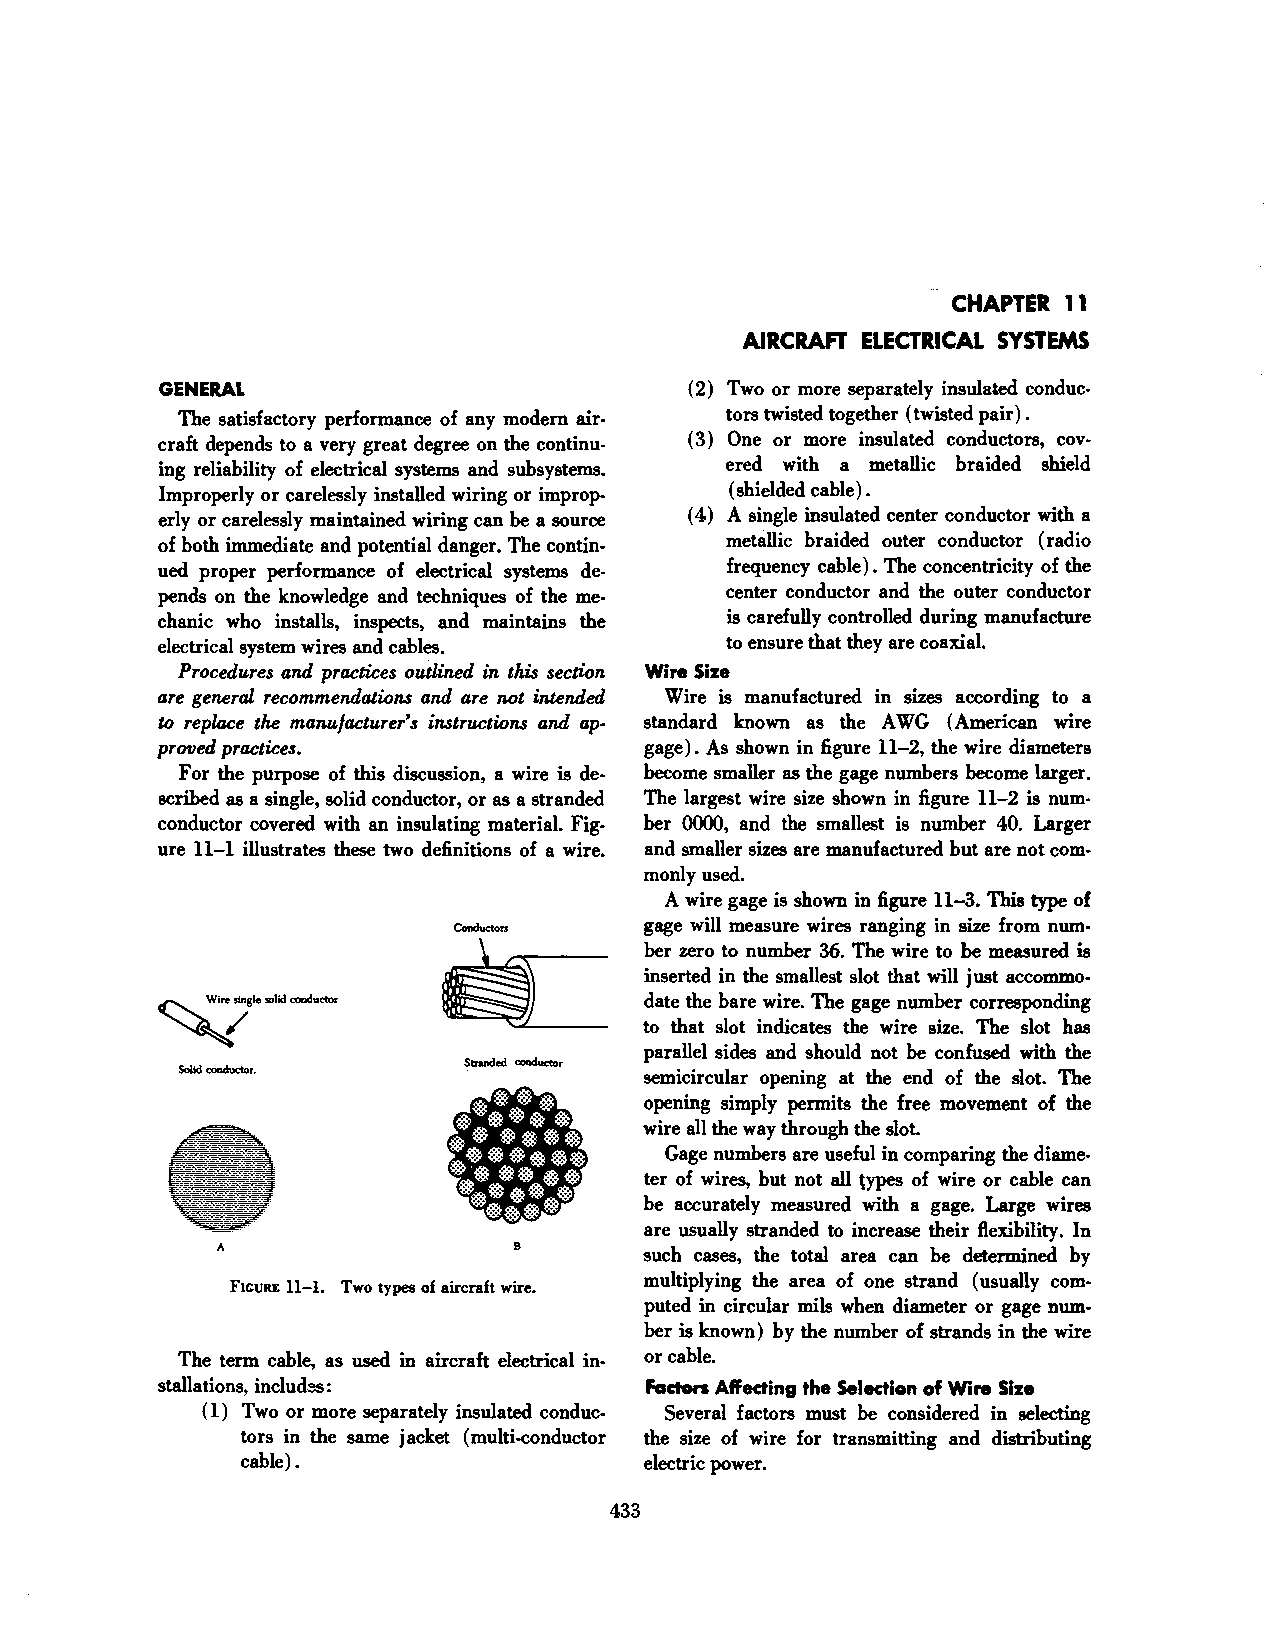
CHAPTER 11
 AIRCRAFT ELECTRICAL SYSTEMS
 GENERAL                            (2) Two or more separately insulated conduc
 The satisfactory performance of any modem air tors twisted together (twisted pair) .
 craft depends to a very great degree on the continu ( 3) One or more insulated conductors, cov
 ing reliability of electrical systems and subsystems. ered with a metallic braided shield
 Improperly or carelessly installed wiring or improp (shielded cable) .
 erly or carelessly maintained wiring can be a source ( 4) A single insulated center conductor with a
 of both immediate and potential danger. The contin metallic braided outer conductor (radio
 ued proper performance of electrical systems de frequency cable) . The concentricity of the
 pends on the knowledge and techniques of the me center conductor and the outer conductor
 chanic who installs, inspects, and maintains the is carefully controlled during manufacture
 electrical system wires and cables.  to ensure that they are coaxial.
 Procedures and practices outlined in this section Wire Size
 are general recommendations and are not intended Wire is manufactured in sizes according to a
 to replace the manufacturer's instructions and ap· standard known as the AW G (American wire
 proved practices.               gage). As shown in figure 11-2, the wire diameters
 For the purpose of this discussion, a wire is de become smaller as the gage numbers become larger.
 scribed as a single, solid conductor, or as a stranded The largest wire size shown in figure 11-2 is num
 conductor covered with an insulating material. Fig ber 0000, and the smallest is number 40. Larger
 ure 11-1 illustrates these two definitions of a wire. and smaller sizes are manufactured but are not com
 monly used.
 A wire gage is shown in figure 11-3. This type of
 gage will measure wires ranging in size from num
 Conductors
 ber zero to number 36. The wire to be measured is
 inserted in the smallest slot that will just accommo
 ~gle   solid conductor          date the bare wire. The gage number corresponding
 to that slot indicates the wire size. The slot has
 parallel sides and should not be confused with the
 Stranded conductor
 Solid conductor.               semicircular opening at the end of the slot. The
 opening simply permits the free movement of the
 wire all the way through the slot.
 Gage numbers are useful in comparing the diame
 ter of wires, but not all types of wire or cable can
 be accurately measured with a gage. Large wires
 are usually stranded to increase their flexibility. In
 A                  B        such cases, the total area can be determined by
 multiplying the area of one strand (usually com
 FIGURE 11-1. Two types of aircraft wire.
 puted in circular mils when diameter or gage num
 ber is known) by the number of strands in the wire
 The term cable, as used in aircraft electrical in or cable.
 stallations, includ~:           Facten Affecting the Selection of Wire Size
 ( 1) Two or more separately insulated conduc Several factors must be considered in selecting
 tors in the same jacket (multi-conductor the size of wire for transmitting and distributing
 cable).                    electric power.
 433